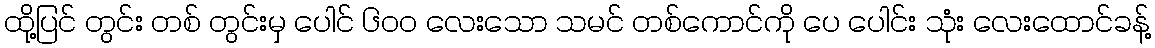
ထို့ပြင် တွင်း တစ် တွင်းမှ ပေါင် ၆၀၀ လေးသော သမင် တစ်ကောင်ကို ပေ ပေါင်း သုံး လေးထောင်ခန့်